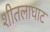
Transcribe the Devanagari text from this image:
शीतलाघाट